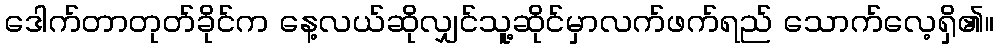
ဒေါက်တာတုတ်ခိုင်က နေ့လယ်ဆိုလျှင်သူ့ဆိုင်မှာလက်ဖက်ရည် သောက်လေ့ရှိ၏။